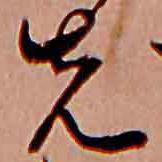
先